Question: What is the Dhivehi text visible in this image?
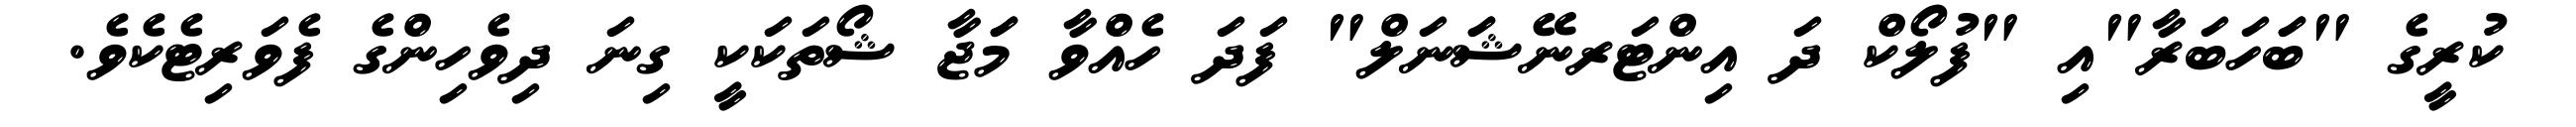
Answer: ކުރީގެ "ބަަހަބަރާ"އި "ފުލޯކް ދަ އިންޓަރނޭޝަަނަލް" ފަދަ ހެއްވާ މަަޖާ ޝޯތަކަކީ ގިނަ ދިވެހިންގެ ފެވަރިޓެކެވެ.